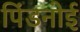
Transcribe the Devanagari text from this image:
पिंडनोई